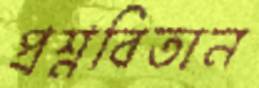
প্রশ্নবিতান